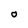
Character: o